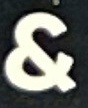
&